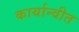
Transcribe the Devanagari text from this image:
कार्यान्‍वीत